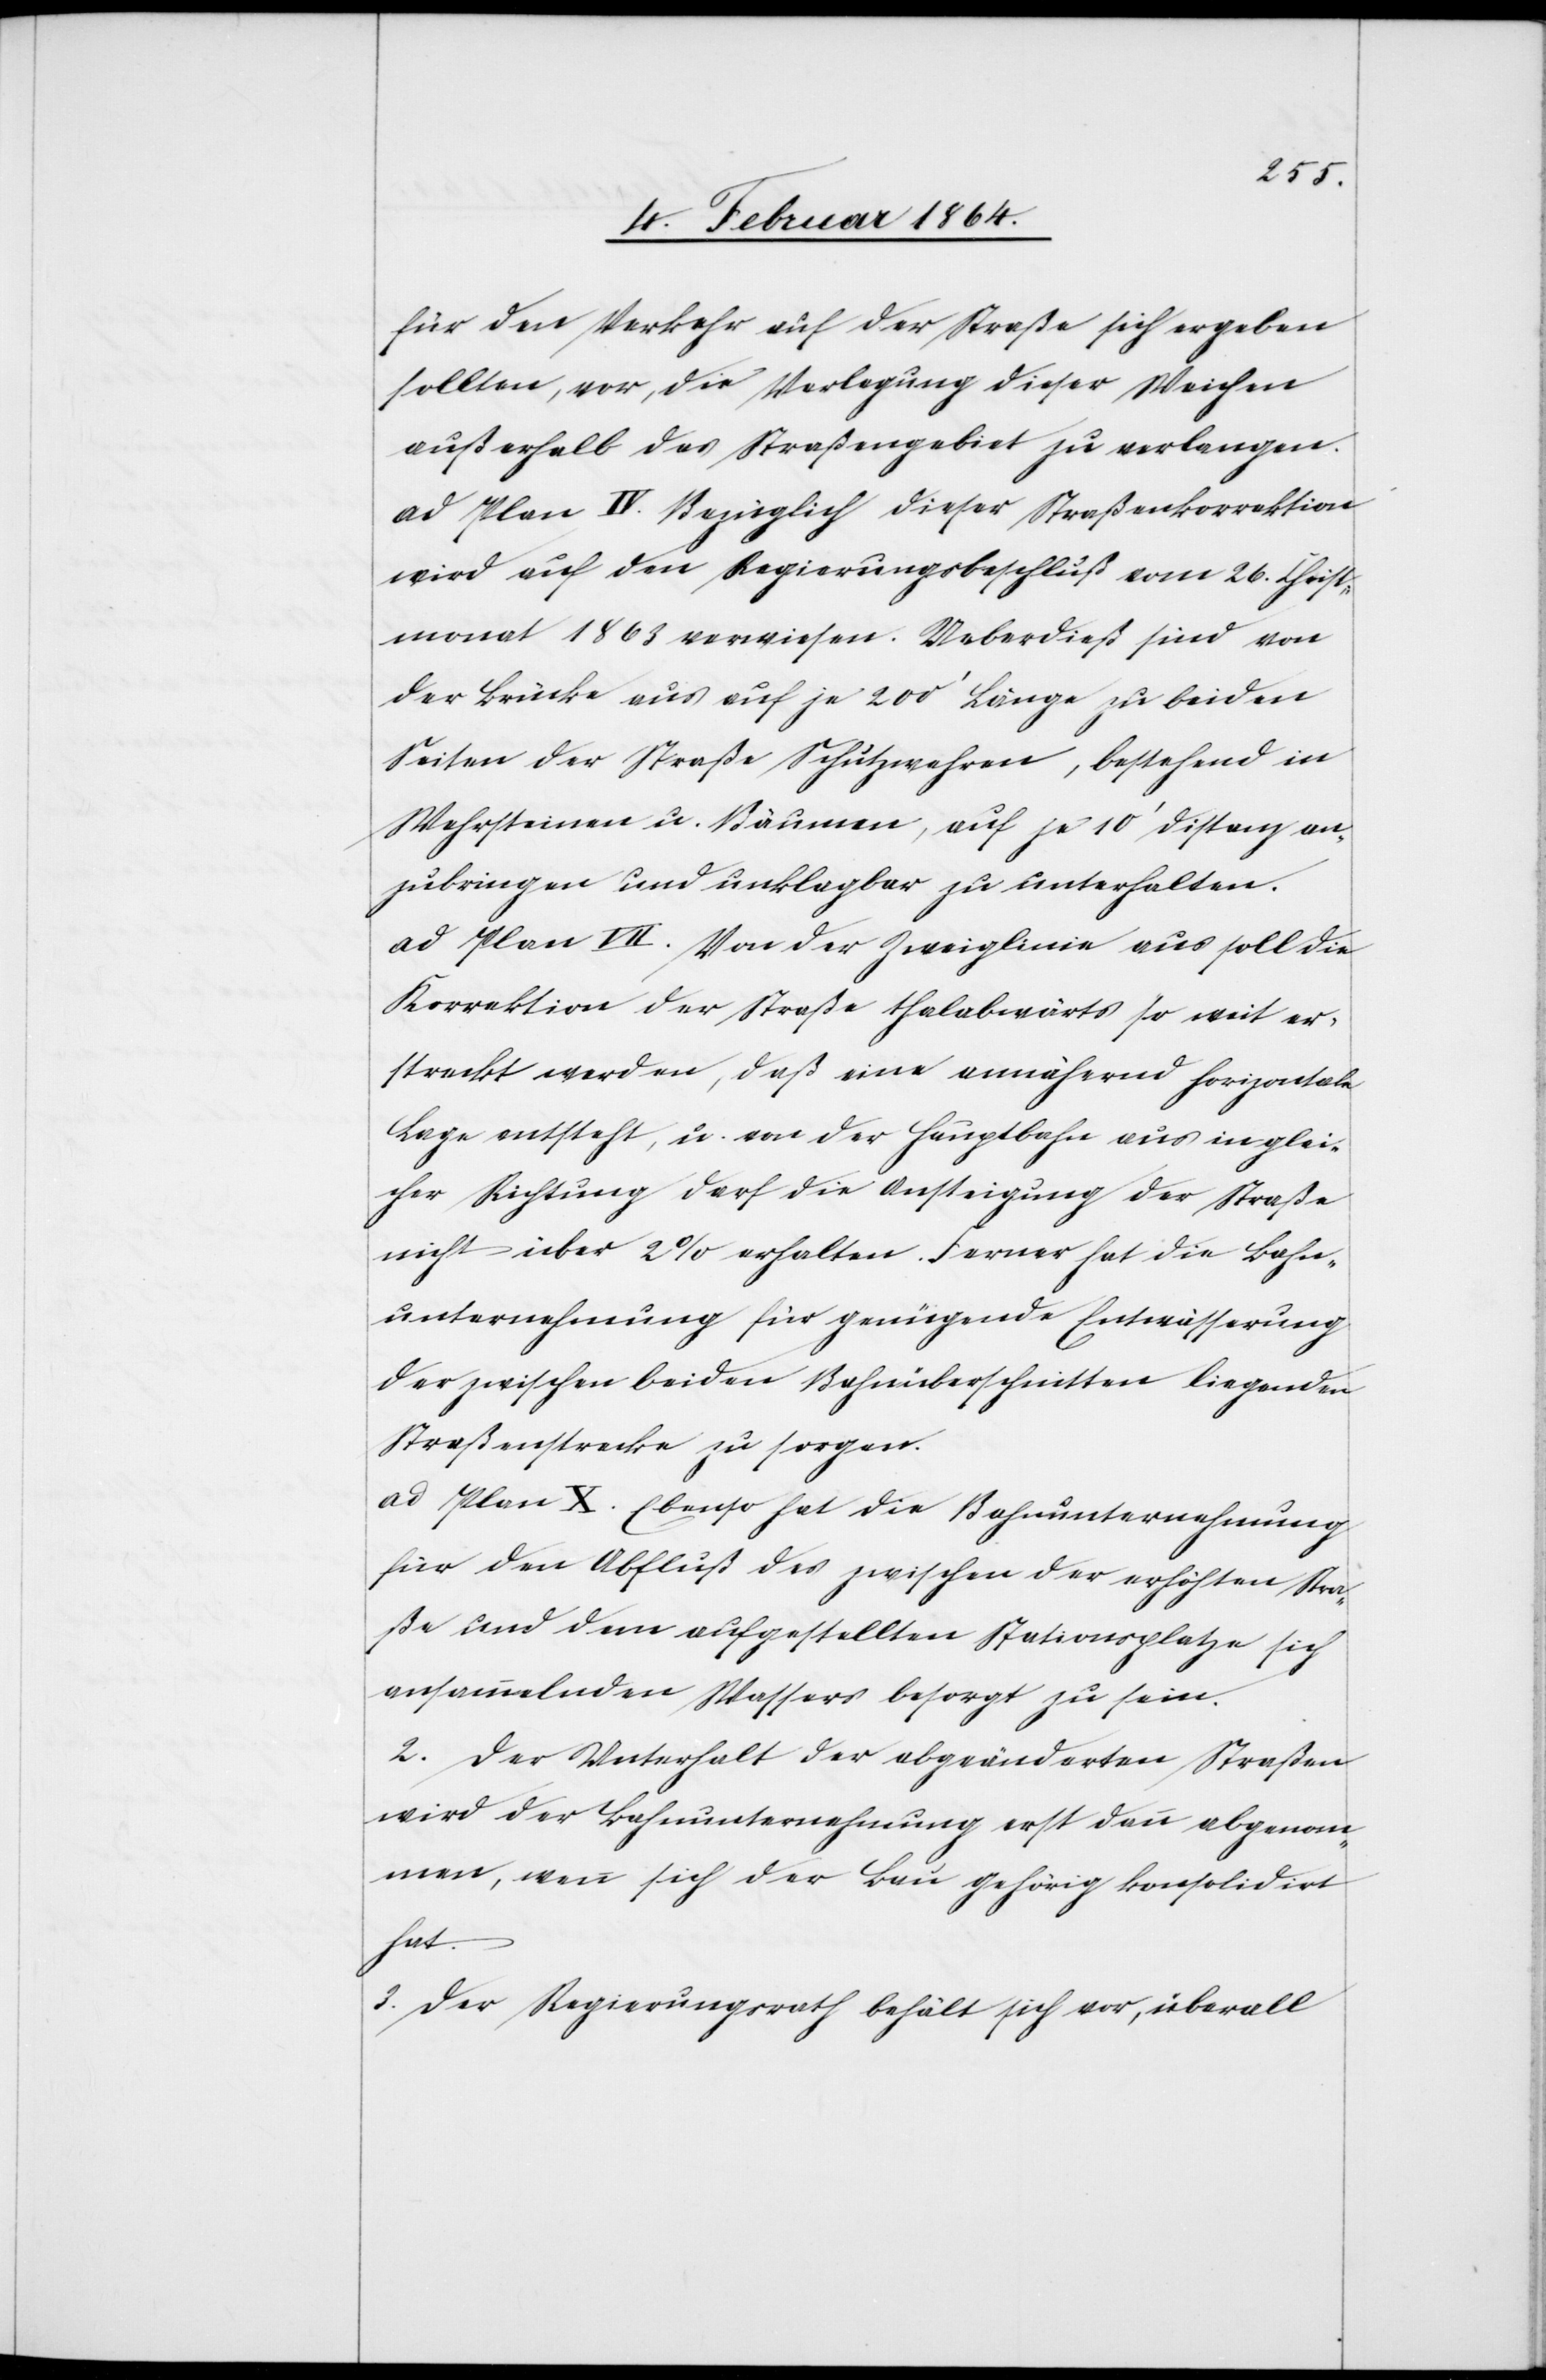
für den Verkehr auf der Straße sich ergeben
sollten, vor, die Verlegung dieser Weichen
außerhalb das Straßengebiet zu verlangen.
ad Plan IV. Bezüglich dieser Straßenkorrektion
wird auf den Regierungsbeschluß vom 26. Christ¬
monat 1863 verwiesen. Ueberdieß sind von
der Brücke aus auf je 200’ Länge zu beiden
Seiten der Straße Schutzwehren, bestehend in
Wehrsteinen u. Bäumen, auf je 10’ Distanz an¬
zubringen und unklagbar zu unterhalten.
ad Plan VII. Von der Zweiglinie aus soll die
Korrektion der Straße thalabwärts so weit er¬
streckt werden, daß eine annähernd horizontale
Lage entsteht, u. von der Hauptbahn aus in glei¬
cher Richtung darf die Ansteigung der Straße
nicht über 2% erhalten. Ferner hat die Bahn¬
unternehmung für genügende Entwässerung
der zwischen beiden Bahnüberschnitten liegende
Straßenstrecke zu sorgen.
ad Plan X. Ebenso hat die Bahnunternehmung
für den Abfluß des zwischen der erhöhten Stra¬
ße und dem aufgestellten Stationsplatze sich
ansammelnden Wassers besorgt zu sein.
2. Der Unterhalt der abgeänderten Straßen
wird der Bahnunternehmung erst dann abgenom¬
men, wenn sich der Bau gehörig konsolidirt
hat.
3. Der Regierungsrath behält sich vor, überall